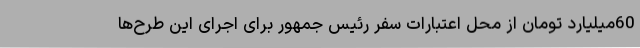
60میلیارد تومان از محل اعتبارات سفر رئیس جمهور برای اجرای این طرح‌ها